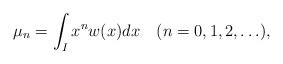
LaTeX: \begin{align*}\mu_{n}=\int_{I}x^{n}w(x)dx\quad(n=0,1,2,\ldots),\end{align*}